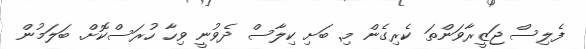
ފެލިސް ޖަޒީރާވަންތަ ކެރިގެން މި